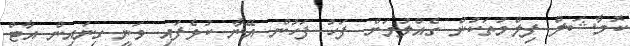
ކޮމާޝަލް ފިލްމުތަކުން ގެއްލުމަށް ފަހު ފަހުން އޭނާ ކުޅެފައި ވަނީ ގިނައިން އާޓް